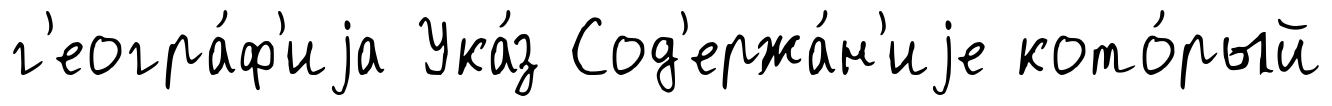
г'еогра́ф'иjа Ука́з Сод'ержа́н'иjе кото́рый